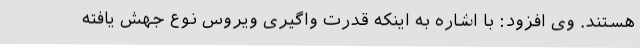
هستند. وی افزود: با اشاره به اینکه قدرت واگیری ویروس نوع جهش یافته